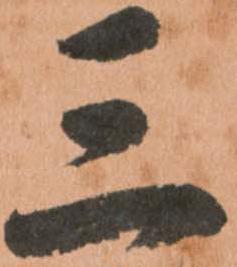
三